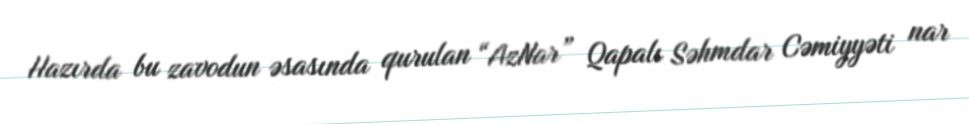
Hazırda bu zavodun əsasında qurulan “AzNar” Qapalı Səhmdar Cəmiyyəti nar